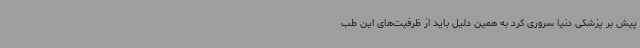
پیش بر پزشکی دنیا سروری کرد به همین دلیل باید از ظرفیت‌های این طب